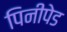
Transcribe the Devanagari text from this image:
पिनीपेड